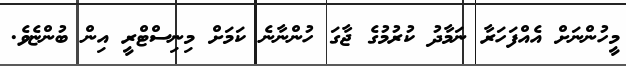
މީހުންނަށް އެއްފަހަރާ ނަމާދު ކުރުމުގެ ޖާގަ ހުންނާނެ ކަމަށް މިނިސްޓްރީ އިން ބުންޏެވެ.